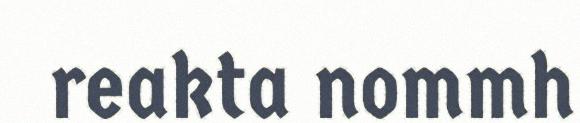
reakta nommh